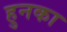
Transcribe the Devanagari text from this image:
हुनका